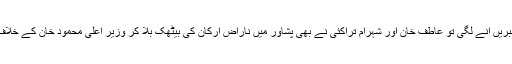
خود پنجاب میں تحریک انصاف میں بغاوت کی خبریں آنے لگی تو عاطف خان اور شہرام تراکئی نے بھی پشاور میں ناراض ارکان کی بیٹھک بلا کر وزیر اعلی محمود خان کے خلاف عملی طور پر میدان عمل میں آنے کا فیصلہ کیا۔